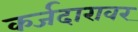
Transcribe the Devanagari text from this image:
कर्जदारावर